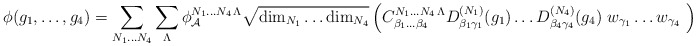
\begin{align*}\phi(g_1,\ldots,g_4) = \sum_{N_1\ldots N_4} \sum_\Lambda \phi_{\cal A}^{N_1\ldots N_4\,\Lambda} \sqrt{{\rm dim}_{N_1}\ldots {\rm dim}_{N_4}} \left({C}^{N_1\ldots N_4\,\Lambda}_{\beta_1\ldots\beta_4} D^{(N_1)}_{\beta_1\gamma_1}(g_1) \ldots D^{(N_4)}_{\beta_4\gamma_4}(g_4)\ w_{\gamma_1}\ldots w_{\gamma_4}\ \right).\end{align*}